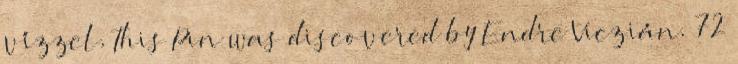
vízzel. This Pin was discovered by Endre Viczián. 72